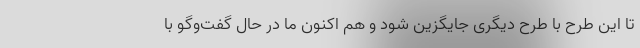
تا این طرح با طرح دیگری جایگزین شود و هم اکنون ما در حال گفت‌وگو با